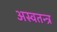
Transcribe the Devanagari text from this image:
अस्वतन्त्र